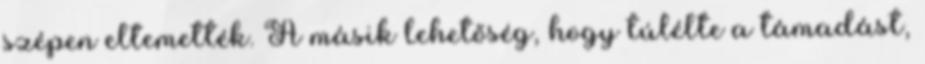
szépen eltemették. A másik lehetőség, hogy túlélte a támadást,